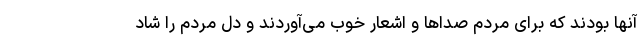
آنها بودند که برای مردم صداها و اشعار خوب می‌آوردند و دل مردم را شاد